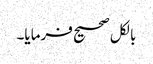
بالکل صحیح فرمایا۔